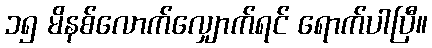
၁၅ မိနစ်လောက်လျှောက်ရင် ရောက်ပါပြီ။